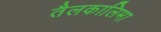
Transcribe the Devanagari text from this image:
तैलकालिमा